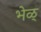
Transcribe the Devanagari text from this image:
भेळ्